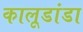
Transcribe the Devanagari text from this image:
कालूडांडा